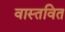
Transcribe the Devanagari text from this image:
वास्तवित